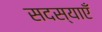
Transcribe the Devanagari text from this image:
सदस्याएँ